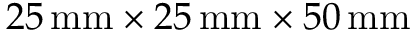
2 5 \, \mathrm { m m } \times 2 5 \, \mathrm { m m } \times 5 0 \, \mathrm { m m }